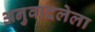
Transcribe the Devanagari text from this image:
अनुवादलेला